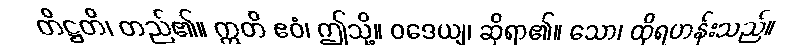
တိဋ္ဌတိ၊ တည်၏။ ဣတိ ဧဝံ၊ ဤသို့။ ဝဒေယျ၊ ဆိုရာ၏။ သော၊ ထိုရဟန်းသည်။